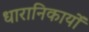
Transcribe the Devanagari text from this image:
धारानिकायों